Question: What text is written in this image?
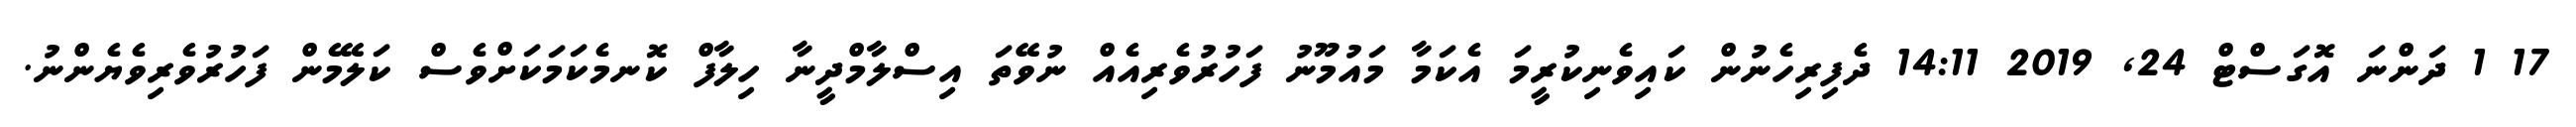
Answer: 17 1 ދަންނަ އޮގަސްޓް 24, 2019 14:11 ދެފިރިހެނުން ކައިވެނިކުރީމަ އެކަމާ މައުމޫނު ފަހުރުވެރިއެއް ނުވޭތަ އިސްލާމްދީނާ ހިލާފް ކޮނމެކަމަކަށްވެސް ކަލޭމެން ފަހުރުވެރިވެޔެންނު.